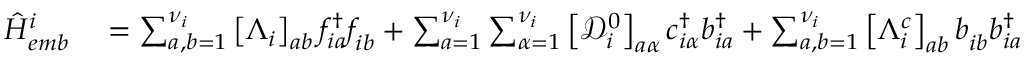
\begin{array} { r l } { \hat { H } _ { e m b } ^ { i } } & { { } = \sum _ { a , b = 1 } ^ { { \nu } _ { i } } \left[ \Lambda _ { i } \right] _ { a b } f _ { i a } ^ { \dagger } f _ { i b } ^ { \phantom { \dagger } } + \sum _ { a = 1 } ^ { { \nu } _ { i } } \sum _ { \alpha = 1 } ^ { \nu _ { i } } \left[ \mathcal { D } _ { i } ^ { 0 } \right] _ { a \alpha } c _ { i \alpha } ^ { \dagger } b _ { i a } ^ { \dagger } + \sum _ { a , b = 1 } ^ { { \nu } _ { i } } \left[ \Lambda _ { i } ^ { c } \right] _ { a b } b _ { i b } ^ { \phantom { \dagger } } b _ { i a } ^ { \dagger } \dag , . } \end{array}